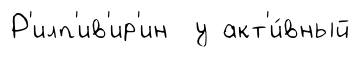
Р'илп'ив'ир'ин у акт'и́вный